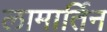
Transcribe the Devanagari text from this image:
लामार्तिन